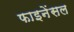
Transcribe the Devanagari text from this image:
फाइनेंसल